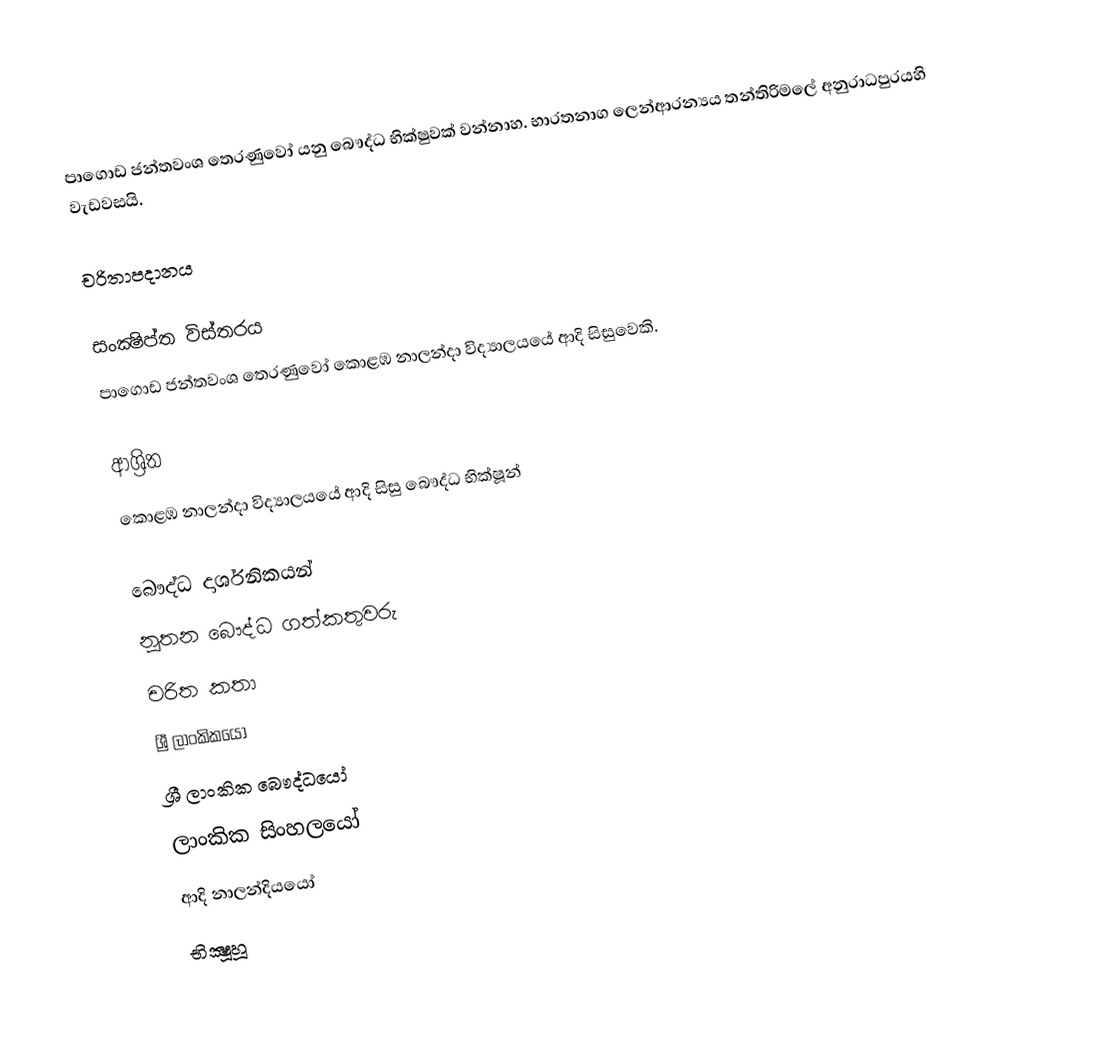
පාගොඩ ජන්තවංශ තෙරණුවෝ යනු බෞද්ධ භික්ෂුවක් වන්නාහ. භාරතනාග ලෙන්ආරන්‍යය තන්තිරිමලේ අනුරාධපුරයහි වැඩවසයි.

චරිතාපදානය

සංක්‍ෂිප්ත විස්තරය
පාගොඩ ජන්තවංශ තෙරණුවෝ කොළඹ නාලන්දා විද්‍යාලයයේ ආදි සිසුවෙකි.

ආශ්‍රිත
කොළඹ නාලන්දා විද්‍යාලයයේ ආදි සිසු බෞද්ධ භික්ෂූන්

බෞද්ධ දාර්ශනිකයන්
නූතන බෞද්ධ ගත්කතුවරු
චරිත කතා
ශ්‍රී ලාංකිකයෝ
ශ්‍රී ලාංකික බෞද්ධයෝ
ලාංකික සිංහලයෝ
ආදි නාලන්දියයෝ
භික්‍ෂූහූ